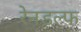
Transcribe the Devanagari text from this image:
रेनडल्फ